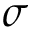
\sigma